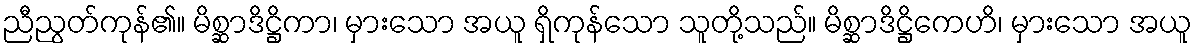
ညီညွတ်ကုန်၏။ မိစ္ဆာဒိဋ္ဌိကာ၊ မှားသော အယူ ရှိကုန်သော သူတို့သည်။ မိစ္ဆာဒိဋ္ဌိကေဟိ၊ မှားသော အယူ